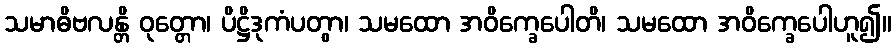
သမာဓိဗလန္တိ ဝုတ္တော၊ ပိဋ္ဌိဒုကံပတွာ၊ သမထော အဝိက္ခေပေါတိ၊ သမထော အဝိက္ခေပေါဟူ၍။